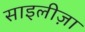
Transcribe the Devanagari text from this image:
साइलीज़ा